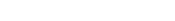
٣٥